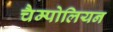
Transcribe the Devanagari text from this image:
चैम्पोलियन